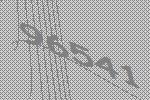
96541